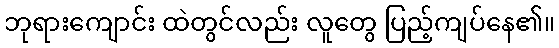
ဘုရားကျောင်း ထဲတွင်လည်း လူတွေ ပြည့်ကျပ်နေ၏။